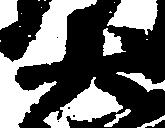
大